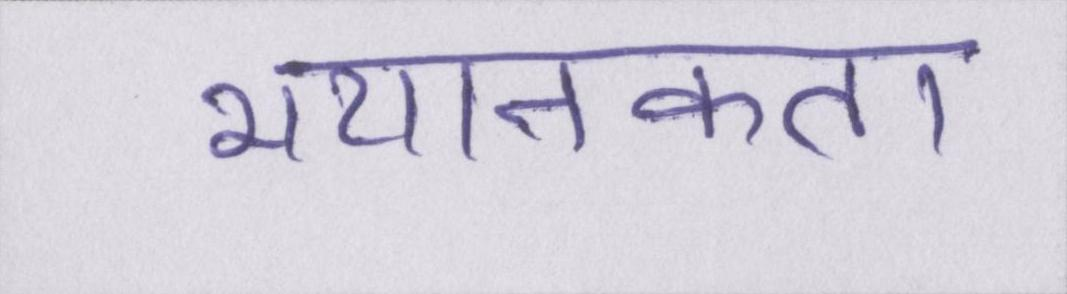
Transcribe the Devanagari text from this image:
भयानकता